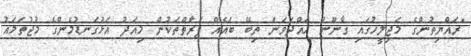
"ރައްޔިތުންގެ މަޖިލީހުގައި ގާނޫނު ހައްދަވަން ތިބޭ ބައެއް ފަރާތްތަކުން މިއަދު އަޅުގަނޑުމެންގެ މުޖުތަމައު